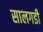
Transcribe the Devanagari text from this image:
सालगडी